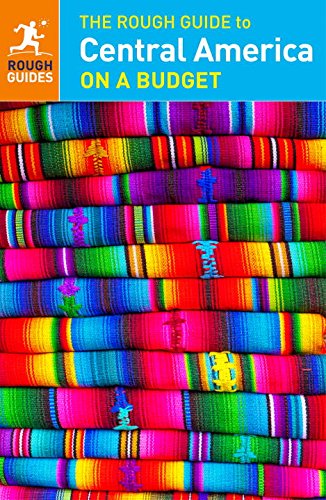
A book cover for The Rough Guide to Central America on a Budget; Rough Guides; Travel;